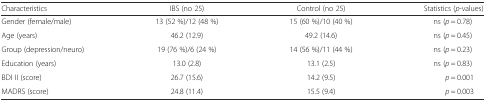
<table><thead><tr><td><b>Characteristics</b></td><td><b>IBS (no 25)</b></td><td><b>Control (no 25)</b></td><td><b>Statistics (<i>p</i>-values)</b></td></tr></thead><tbody><tr><td>Gender (female/male)</td><td>13 (52 %)/12 (48 %)</td><td>15 (60 %)/10 (40 %)</td><td>ns (<i>p</i> = 0.78)</td></tr><tr><td>Age (years)</td><td>46.2 (12.9)</td><td>49.2 (14.6)</td><td>ns (<i>p</i> = 0.45)</td></tr><tr><td>Group (depression/neuro)</td><td>19 (76 %)/6 (24 %)</td><td>14 (56 %)/11 (44 %)</td><td>ns (<i>p</i> = 0.23)</td></tr><tr><td>Education (years)</td><td>13.0 (2.8)</td><td>13.1 (2.5)</td><td>ns (<i>p</i> = 0.83)</td></tr><tr><td>BDI II (score)</td><td>26.7 (15.6)</td><td>14.2 (9.5)</td><td><i>p</i> = 0.001</td></tr><tr><td>MADRS (score)</td><td>24.8 (11.4)</td><td>15.5 (9.4)</td><td><i>p</i> = 0.003</td></tr></tbody></table>